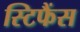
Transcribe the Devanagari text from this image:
स्टिफैंस